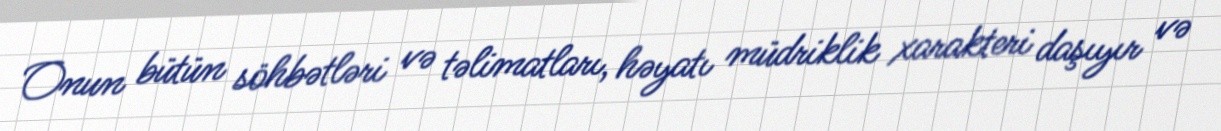
Onun bütün söhbətləri və təlimatları, həyatı müdriklik xarakteri daşıyır və